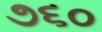
૭૬૦